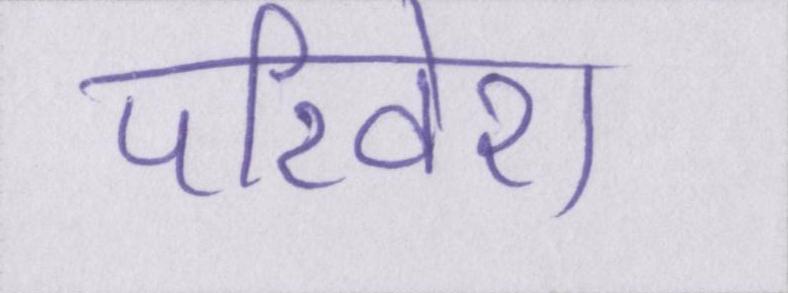
परिवेश